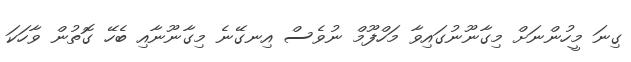
ގިނަ މީހުންނަށް މިގާނޫނުގައިވާ މަހްފޫމް ނުވެސް އިނގޭނެ މިގާނޫނާއި ބެހޭ ގޮތުން ވާހަކަ